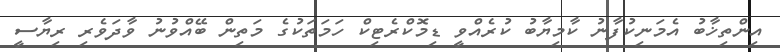
އިންތިޚާބު އެމަނިކުފާނު ކާމިޔާބު ކުރެއްވީ ޑިމޮކްރެޓިކް ހަމަތަކުގެ މަތިން ބޭއްވުނު ވާދަވެރި ރިޔާސީ